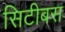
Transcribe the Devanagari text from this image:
सिटीबस